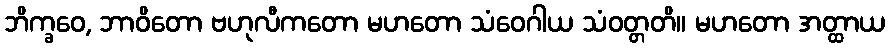
ဘိက္ခဝေ, ဘာဝိတော ဗဟုလီကတော မဟတော သံဝေဂါယ သံဝတ္တတိ။ မဟတော အတ္ထာယ